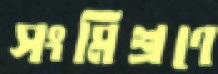
সংমিশ্রণে